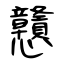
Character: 戇